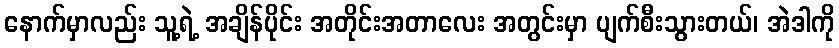
နောက်မှာလည်း သူ့ရဲ့ အချိန်ပိုင်း အတိုင်းအတာလေး အတွင်းမှာ ပျက်စီးသွားတယ်၊ အဲဒါကို